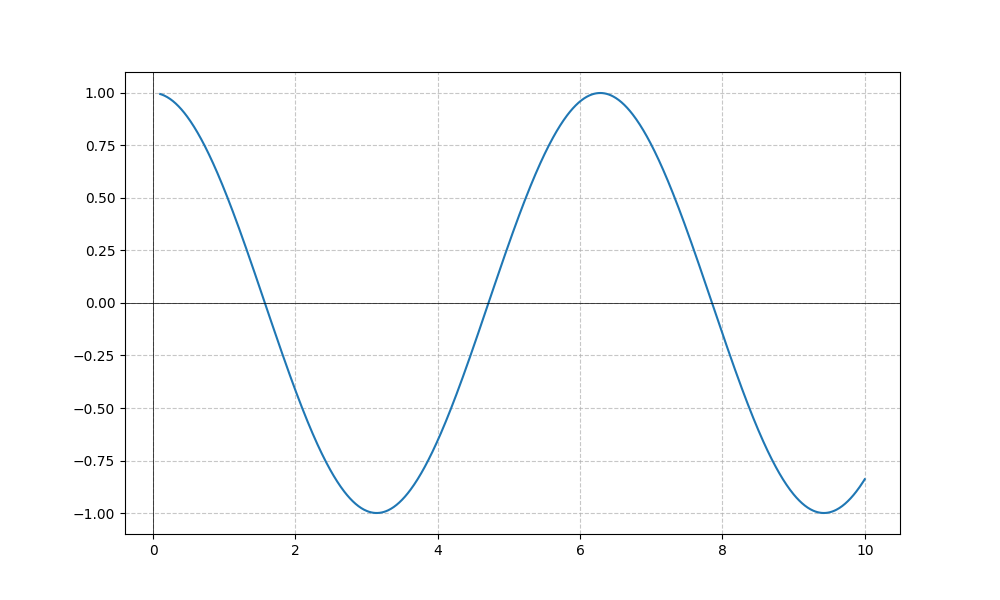
LaTeX formula: \cos{\left(x \right)}